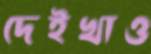
দেইখাও